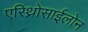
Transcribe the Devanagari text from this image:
एरिथ्रोसाईलोन